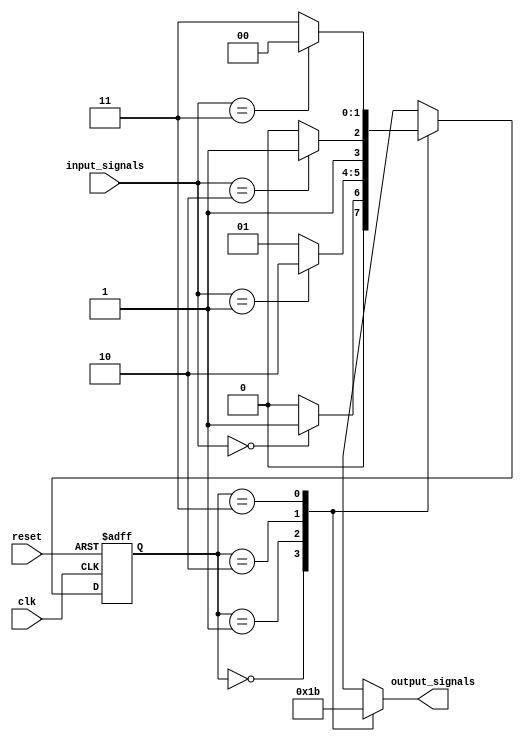
module finite_state_machine(
    input clk,
    input reset,
    input [1:0] input_signals,
    output reg [1:0] output_signals
);

// State definition
parameter STATE1 = 2'b00;
parameter STATE2 = 2'b01;
parameter STATE3 = 2'b10;
parameter STATE4 = 2'b11;

// State register
reg [1:0] current_state, next_state;

// Output register
reg [1:0] current_output;

// State transition logic
always @(posedge clk or posedge reset) begin
    if (reset) begin
        current_state <= STATE1;
    end else begin
        current_state <= next_state;
    end
end

// Output behavior based on current state
always @(*) begin
    case (current_state)
        STATE1: begin
            current_output = 2'b00;
        end
        STATE2: begin
            current_output = 2'b01;
        end
        STATE3: begin
            current_output = 2'b10;
        end
        STATE4: begin
            current_output = 2'b11;
        end
        default: begin
            current_output = 2'b00;
        end
    endcase
    output_signals = current_output;
end

// State transition conditions
always @(*) begin
    case (current_state)
        STATE1: begin
            if (input_signals == 2'b00) begin
                next_state = STATE2;
            end else begin
                next_state = STATE1;
            end
        end
        STATE2: begin
            if (input_signals == 2'b01) begin
                next_state = STATE3;
            end else begin
                next_state = STATE2;
            end
        end
        STATE3: begin
            if (input_signals == 2'b10) begin
                next_state = STATE4;
            end else begin
                next_state = STATE3;
            end
        end
        STATE4: begin
            if (input_signals == 2'b11) begin
                next_state = STATE1;
            end else begin
                next_state = STATE4;
            end
        end
        default: begin
            next_state = STATE1;
        end
    endcase
end

endmodule